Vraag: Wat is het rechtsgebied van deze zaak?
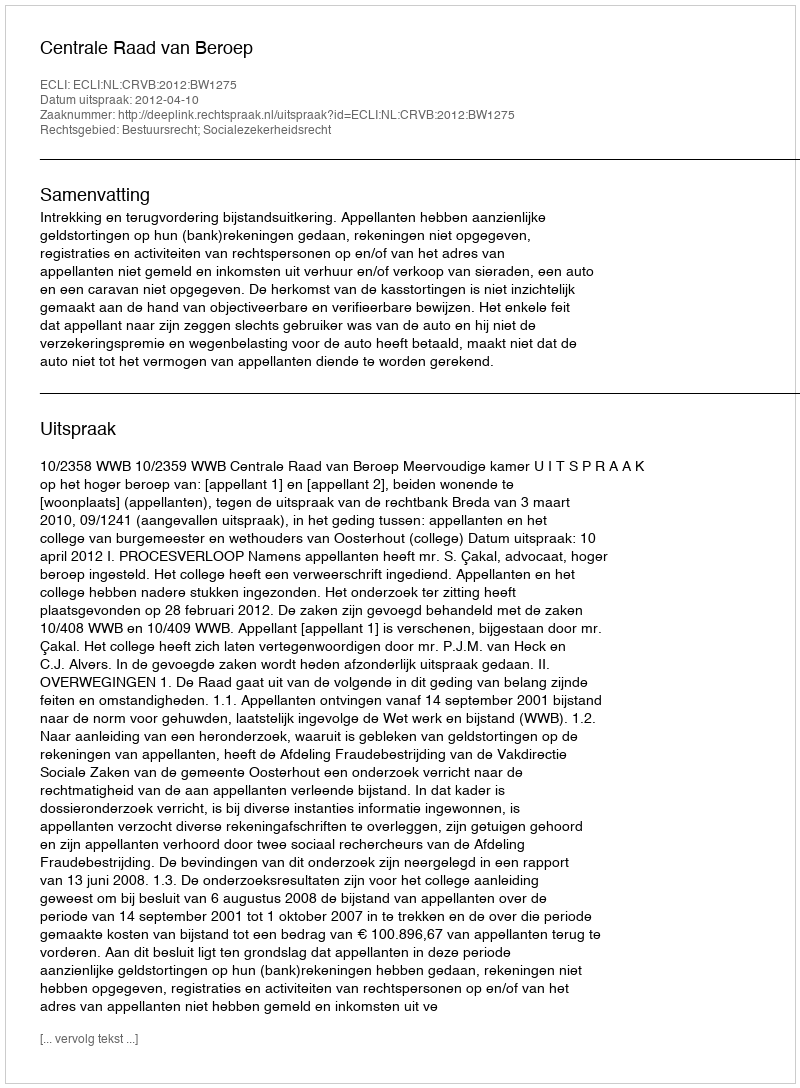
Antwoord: Bestuursrecht; Socialezekerheidsrecht